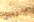
مدربين